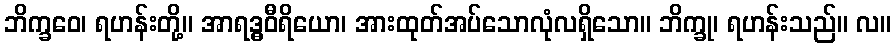
ဘိက္ခဝေ၊ ရဟန်းတို့။ အာရဒ္ဓဝီရိယော၊ အားထုတ်အပ်သောလုံလရှိသော။ ဘိက္ခု၊ ရဟန်းသည်။ လ။